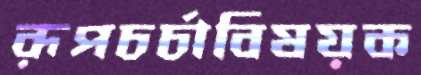
রূপচর্চাবিষয়ক